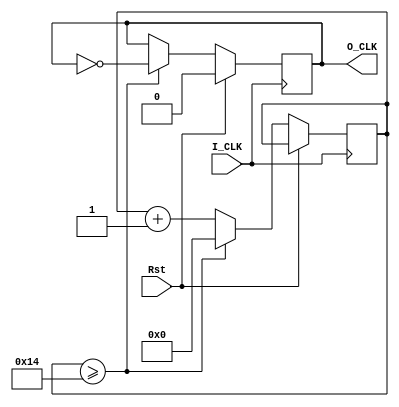
`timescale 1ns / 1ps
//////////////////////////////////////////////////////////////////////////////////
// Company: 
// Engineer: 
// 
// Design Name: 
// Module Name: Divider
// Project Name: 
// Target Devices: 
// Tool Versions: 
// Description: 
// 
// Dependencies: 
// 
// Revision:
// Revision 0.01 - File Created
// Additional Comments:
// 
//////////////////////////////////////////////////////////////////////////////////


module Divider(
    input I_CLK,
    input Rst,
    output reg O_CLK
    );
parameter t = 20;
reg [4:0]k=0;
    always @ (posedge I_CLK)
    begin
    if(Rst == 1'b1) O_CLK <= 1'b0;
    else
    begin
       if(k >= t)
         begin
         O_CLK <= ~O_CLK;
         k <= 0;
         end
       else
         k <= k+1;
       end
    end
endmodule